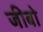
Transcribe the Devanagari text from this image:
जीबो